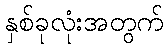
နှစ်ခုလုံးအတွက်